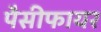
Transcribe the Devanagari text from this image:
पैसीफायर